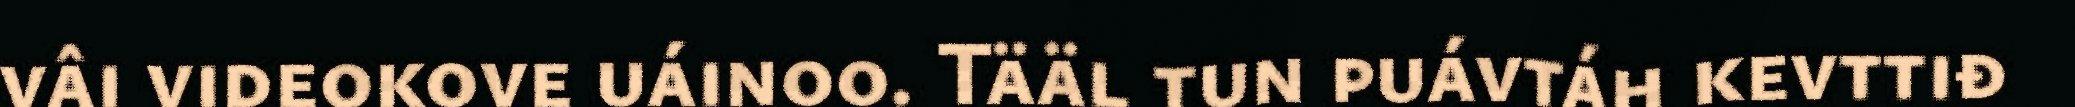
vâi videokove uáinoo. Tääl tun puávtáh kevttiđ